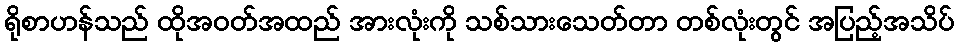
ရိုစာဟန်သည် ထိုအဝတ်အထည် အားလုံးကို သစ်သားသေတ်တာ တစ်လုံးတွင် အပြည့်အသိပ်